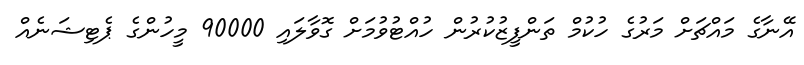
އޭނާގެ މައްޗަށް މަރުގެ ހުކުމް ތަންފީޒުކުރުން ހުއްޓުވުމަށް ގޮވާލައި 90000 މީހުންގެ ޕެޓިޝަނެއް